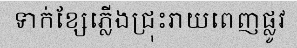
ទាក់ខ្សែភ្លើងជ្រុះរាយពេញផ្លូវ